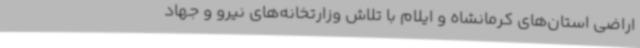
اراضی استان‌های کرمانشاه و ایلام با تلاش وزارتخانه‌های نیرو و جهاد